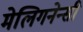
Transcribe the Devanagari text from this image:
मेलिगनेन्सी